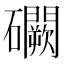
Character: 𥗮